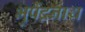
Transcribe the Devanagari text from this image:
भुपेंद्रनाथ